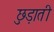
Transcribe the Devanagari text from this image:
छुड़ाती